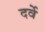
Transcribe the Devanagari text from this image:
दर्वे